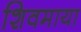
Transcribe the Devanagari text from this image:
शिवमाया